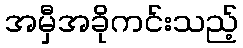
အမှီအခိုကင်းသည့်